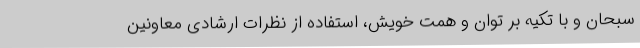
سبحان و با تکیه بر توان و همت خویش، استفاده از نظرات ارشادی معاونین